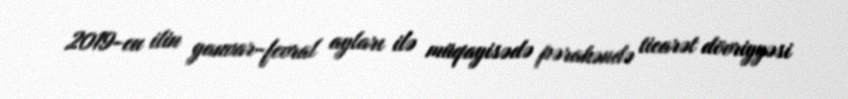
2019-cu ilin yanvar-fevral ayları ilə müqayisədə pərakəndə ticarət dövriyyəsi